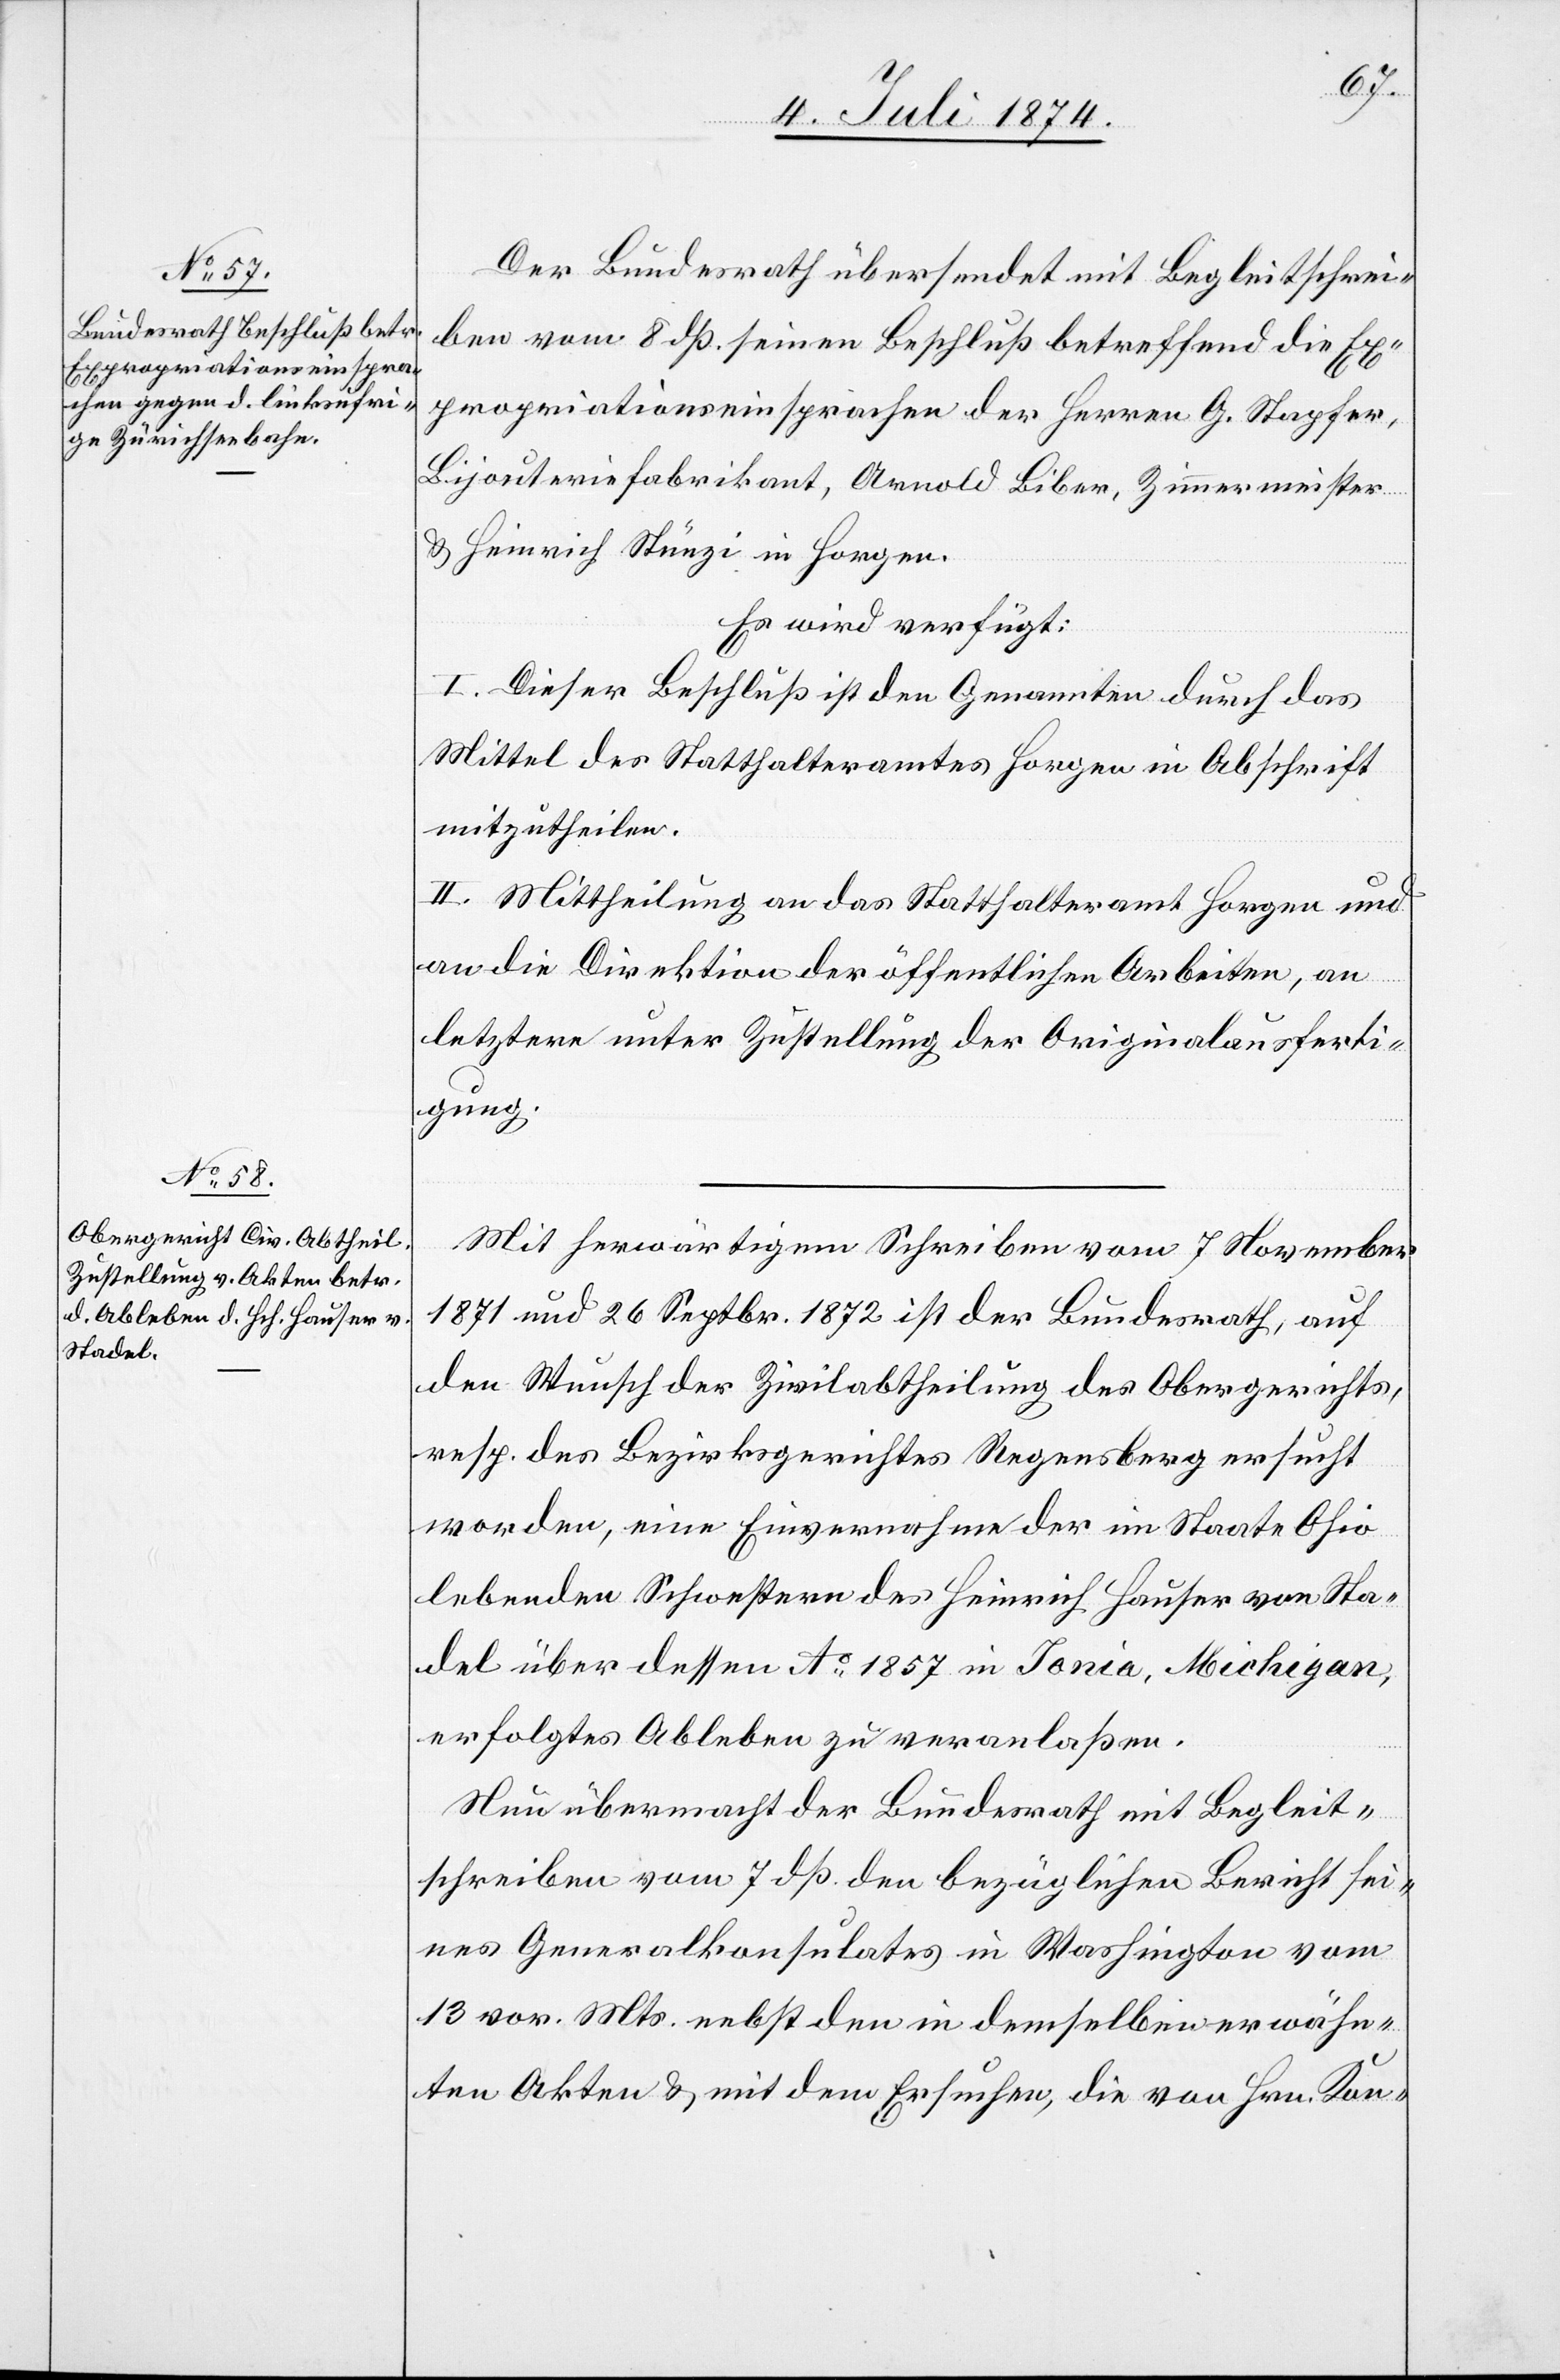
10. Juli 1874.]
Der Bundesrath übersendet mit Begleitschrei¬
ben vom 8. dß. seinen Beschluß betreffend die Ex¬
propriationseinsprache der Herren G. Stapfer,
Bijouteriefabrikant, Arnold Biber, Zimmermeister
u. Heinrich Stüezi in Horgen.
Es wird verfügt:
I. Dieser Beschluß ist den Genannten durch das
Mittel des Statthalteramtes Horgen in Abschrift
mitzutheilen.
II. Mittheilung an das Statthalteramt Horgen und
an die Direktion der öffentlichen Arbeiten, an
letztere unter Zustellung der Originalausferti¬
gung.
Mit herwärtigem Schreiben vom 7. November
1871 und 26. Septbr. 1872 ist der Bundesrath, auf
den Wunsch der Zivilabtheilung des Obergerichts,
resp. des Bezirksgerichtes Regensberg ersucht
worden, eine Einvernahme der im Staate Ohio
lebenden Schwestern des Heinrich Hauser vom Sta¬
del über dessen Ao 1857 in Ionia, Michigan,
erfolgtes Ableben zu veranlaßen.
Nun übermacht der Bundesrath mit Begleit¬
schreiben vom 7. dß. den bezüglichen Bericht sei¬
nes Generalkonsulates in Washington vom
13. vor. Mts. nebst den in demselben erwähn¬
ten Akten u. mit dem Ersuchen, die von Hrn. Kon-